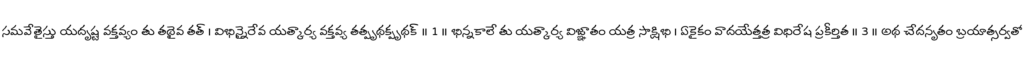
సమవేతైస్తు యదృష్ట వక్తవ్యం తు తథైవ తత్ । విభిన్నైరేవ యత్కార్య వక్తవ్య తత్పృథక్పృథక్ ॥ 1 ॥ భిన్నకాలే తు యత్కార్య విజ్ఞాతం యత్ర సాక్షిభి । ఏకైకం వాదయేత్తత్ర విధిరేష ప్రకీర్తిత ॥ 3 ॥ అథ చేదనృతం బ్రయాత్సర్వతో